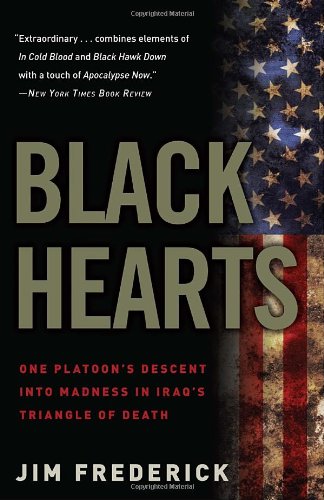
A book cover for Black Hearts: One Platoon's Descent into Madness in Iraq's Triangle of Death; Jim Frederick; History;